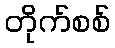
တိုက်စစ်